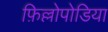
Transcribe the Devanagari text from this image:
फ़िल्लोपोडिया